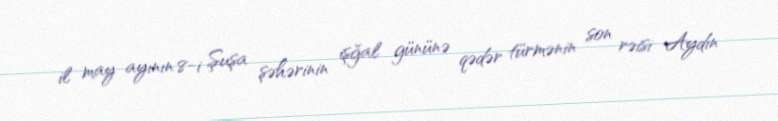
il may ayının 8-i Şuşa şəhərinin işğal gününə qədər türmənin son rəisi Aydın